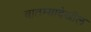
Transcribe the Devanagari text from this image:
बातम्यादेखील